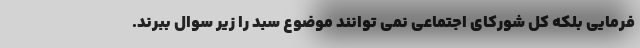
فرمایی بلکه کل شورکای اجتماعی نمی توانند موضوع سبد را زیر سوال ببرند.